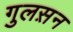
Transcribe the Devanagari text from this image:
गुलस़न